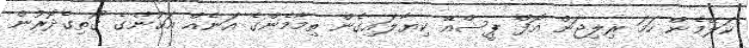
ކަލޭމެން ހަމަ ރިލިޖަން އޮފް ޕީސްއޭ ކިޔާލައިގެން ތިމާމެންގެ އަނެއް އަޙުންގެ ގޯތިގެދޮރުން